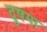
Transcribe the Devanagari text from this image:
दुषमा